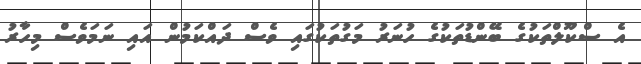
އެ ސްކޫލްތަކުގެ ބޭންޑުތަކުގެ ހުނަރު މަގުތަކުގައި ވެސް ދައްކަމުން އައި ނަމަވެސް މިހާރު